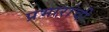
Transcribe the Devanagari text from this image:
प्रभारांची